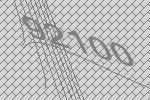
92100